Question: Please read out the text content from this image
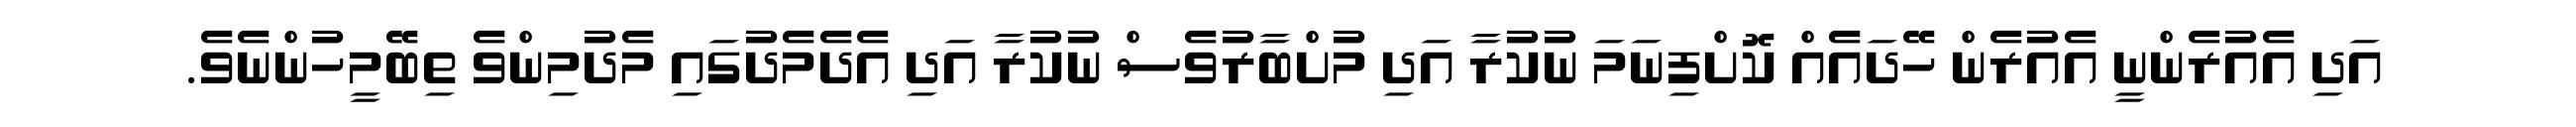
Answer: އަދި އެއުރެންނީ އެއުރެން ހޭދައެއް ކޮށްފިނަމަ ނުކުރާ އަދި މުށްބާރުވެސް ނުކުރާ އަދި އެދެމެދުގައި މެދުމިންވެ ތިބޭމީހުންނެވެ.